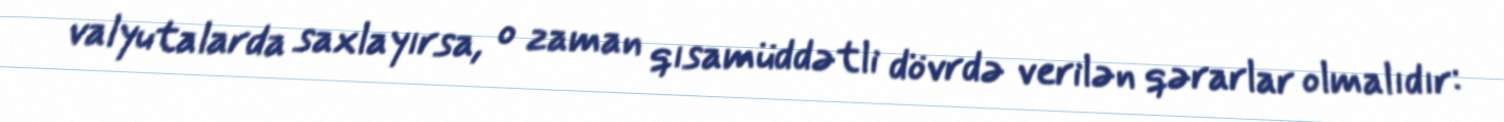
valyutalarda saxlayırsa, o zaman qısamüddətli dövrdə verilən qərarlar olmalıdır: